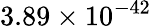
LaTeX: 3.89\times 10^{-42}